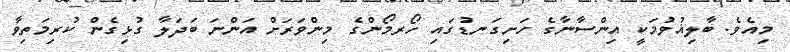
މިއެވެ. ބާލިޣުވުމަކީ އިންސާނާގެ ހަށިގަނޑުގައި ހޯރމޯންގެ މިންވަރަށް އަންނަ ބަދަލާ ގުޅިގެން ކުރިމަތިވާ